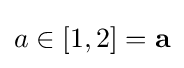
a\in [1,2]=\mathbf {a}